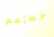
خطأهم